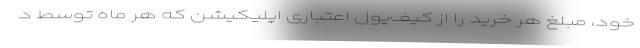
خود، مبلغ هر خرید را از کیف‌پول اعتباری اپلیکیشن که هر ماه توسط د